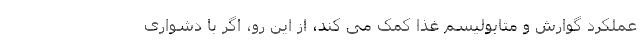
عملکرد گوارش و متابولیسم غذا کمک می کند، از این رو، اگر با دشواری